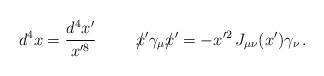
LaTeX: \begin{align*}d^4x=\frac{d^4x'}{x'^8}\hspace{1cm}/\hspace{-2mm}x'\gamma_\mu/\hspace{-2mm}x'=-x'^2\, J_{\mu\nu}(x')\gamma_\nu \, .\end{align*}